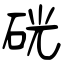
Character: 硄